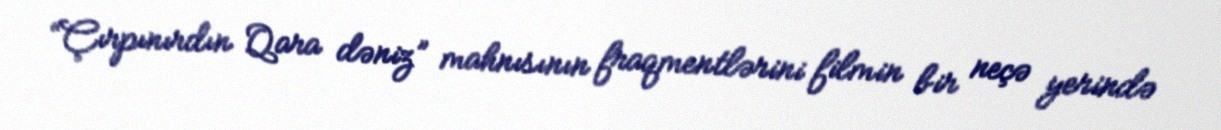
“Çırpınırdın Qara dəniz” mahnısının fraqmentlərini filmin bir neçə yerində